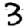
Digit: 3